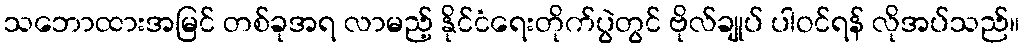
သဘောထားအမြင် တစ်ခုအရ လာမည့် နိုင်ငံရေးတိုက်ပွဲတွင် ဗိုလ်ချုပ် ပါဝင်ရန် လိုအပ်သည်။